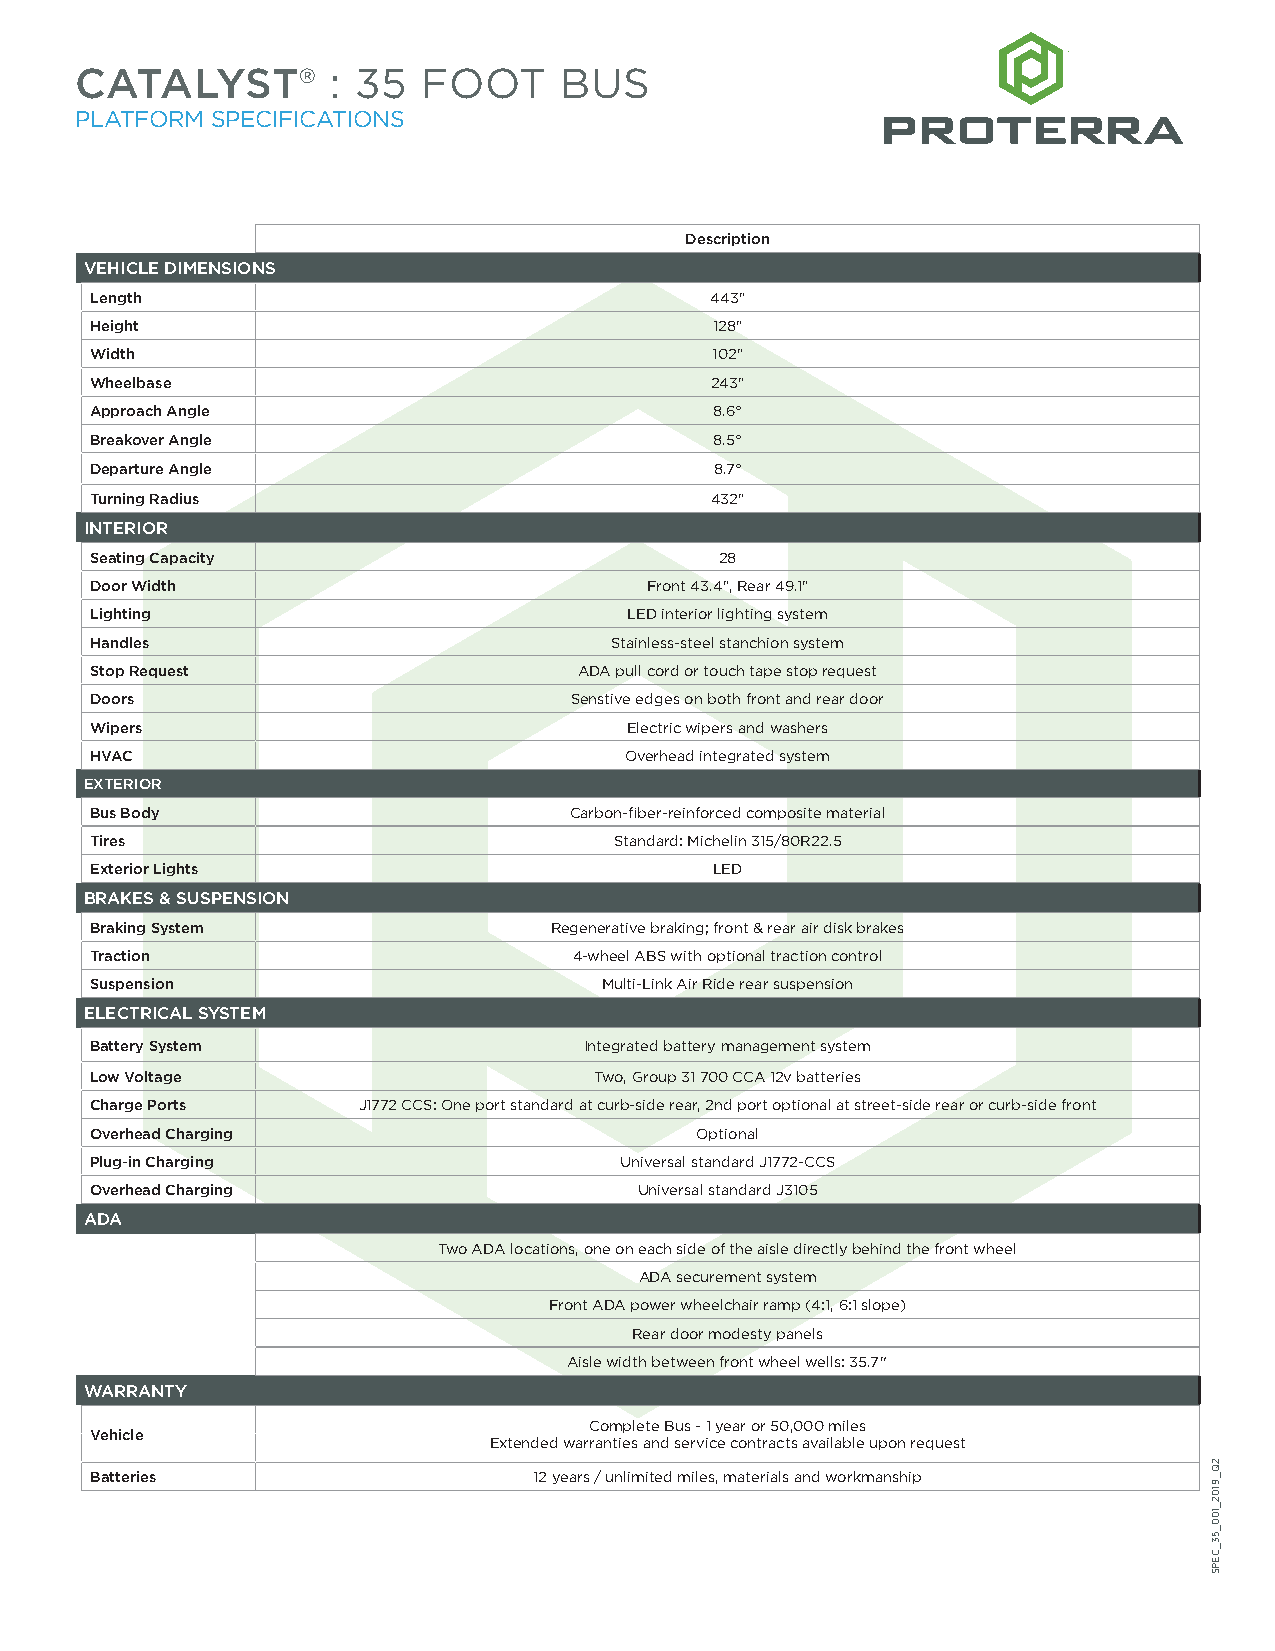
CATALYST®        : 35  FOOT     BUS
 PLATFORM SPECIFICATIONS
 Description
 VEHICLE DIMENSIONS
 Length                                   443"
 Height                                   128"
 Width                                    102"
 Wheelbase                                243"
 Approach Angle                           8.6°
 Breakover Angle                          8.5°
 Departure Angle                          8.7°
 Turning Radius                           432"
 INTERIOR
 Seating Capacity                          28
 Door Width                           Front 43.4", Rear 49.1"
 Lighting                            LED interior lighting system
 Handles                           Stainless-steel stanchion system
 Stop Request                    ADA pull cord or touch tape stop request
 Doors                           Senstive edges on both front and rear door
 Wipers                              Electric wipers and washers
 HVAC                               Overhead integrated system
 EXTERIOR
 Bus Body                        Carbon-fiber-reinforced composite material
 Tires                              Standard: Michelin 315/80R22.5
 Exterior Lights                          LED
 BRAKES & SUSPENSION
 Braking System                Regenerative braking; front & rear air disk brakes
 Traction                        4-wheel ABS with optional traction control
 Suspension                        Multi-Link Air Ride rear suspension
 ELECTRICAL SYSTEM
 Battery System                   Integrated battery management system
 Low Voltage                      Two, Group 31 700 CCA 12v batteries
 Charge Ports      J1772 CCS: One port standard at curb-side rear, 2nd port optional at street-side rear or curb-side front
 Overhead Charging                       Optional
 Plug-in Charging                   Universal standard J1772-CCS
 Overhead Charging                   Universal standard J3105
 ADA
 Two ADA locations, one on each side of the aisle directly behind the front wheel
 ADA securement system
 Front ADA power wheelchair ramp (4:1, 6:1 slope)
 Rear door modesty panels
 Aisle width between front wheel wells: 35.7"
 WARRANTY
 Complete Bus - 1 year or 50,000 miles
 Vehicle
 Extended warranties and service contracts available upon request
 Batteries                    12 years / unlimited miles, materials and workmanship
 2Q_9102_100_53_CEPS